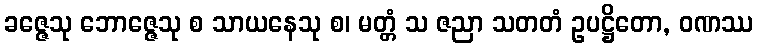
ခဇ္ဇေသု ဘောဇ္ဇေသု စ သာယနေသု စ၊ မတ္တံ သ ဇညာ သတတံ ဥပဋ္ဌိတော, ဝဏဿ